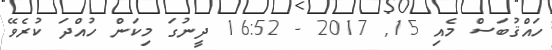
ހައްޤުބަސް މެއި 15